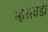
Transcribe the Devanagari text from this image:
म्हसवंडी